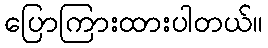
ပြောကြားထားပါတယ်။